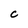
Character: C